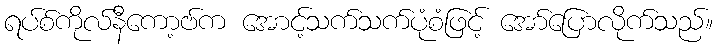
ရပ်စ်ကိုလ်နီကော့ဗ်က အောင့်သက်သက်ပုံစံဖြင့် အော်ပြောလိုက်သည်။